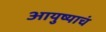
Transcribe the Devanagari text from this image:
आयुष्याचं